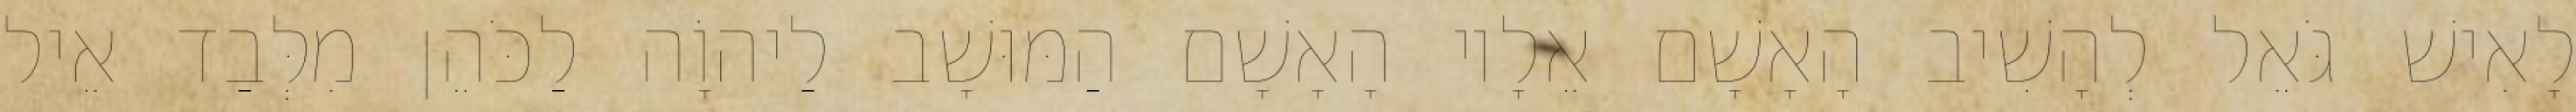
לָאִישׁ גֹּאֵל לְהָשִׁיב הָאָשָׁם אֵלָיו הָאָשָׁם הַמּוּשָׁב לַיהוָֹה לַכֹּהֵן מִלְּבַד אֵיל